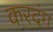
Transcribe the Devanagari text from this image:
करदंग